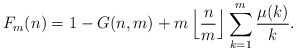
\begin{align*}F_m(n) = 1 - G(n,m) + m \left \lfloor \frac{n}{m} \right \rfloor \sum_{k=1}^m \frac{\mu(k)}{k}.\end{align*}